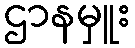
ဌာနမှူး